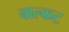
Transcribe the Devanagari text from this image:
बाल्कट